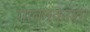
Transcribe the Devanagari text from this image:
गावनकाशा